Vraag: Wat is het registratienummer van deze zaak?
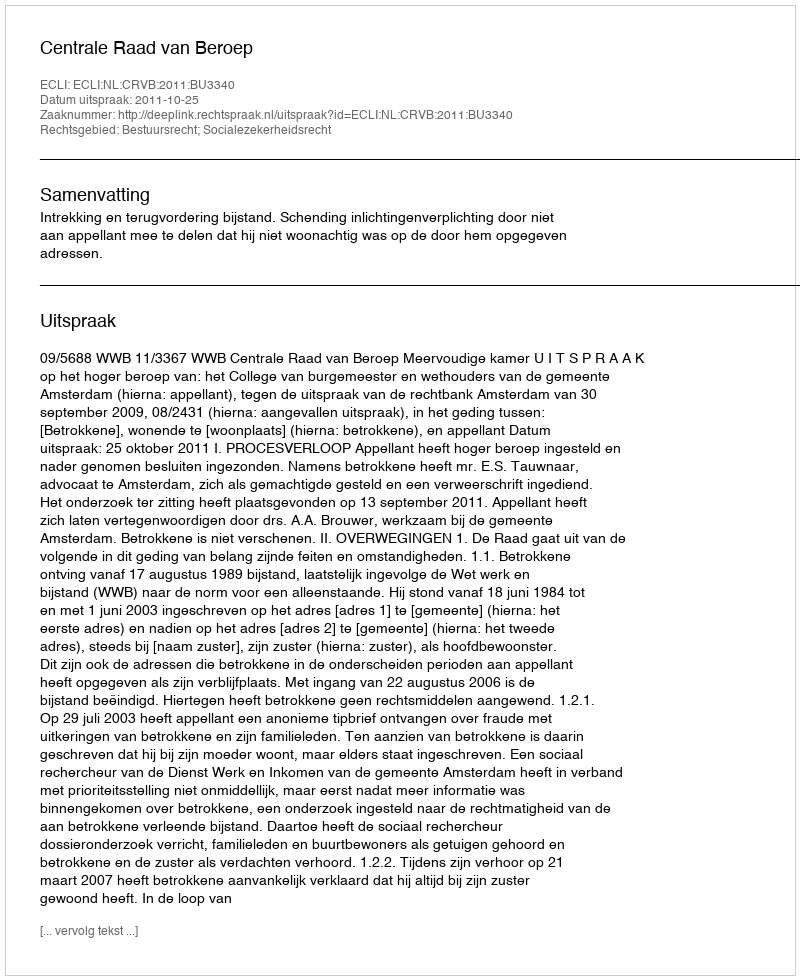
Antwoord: http://deeplink.rechtspraak.nl/uitspraak?id=ECLI:NL:CRVB:2011:BU3340